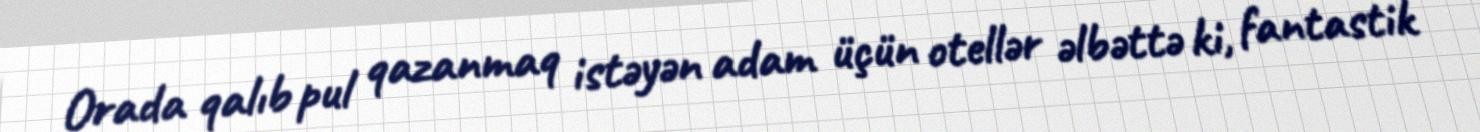
Orada qalıb pul qazanmaq istəyən adam üçün otellər əlbəttə ki, fantastik